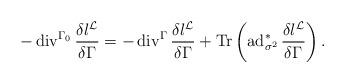
LaTeX: \begin{align*}-\operatorname{div}^{\Gamma_0}\frac{\delta l^\mathcal{L}}{\delta\Gamma}=-\operatorname{div}^{\Gamma}\frac{\delta l^\mathcal{L}}{\delta\Gamma}+\operatorname{Tr}\left(\operatorname{ad}^*_{\sigma^2}\frac{\delta l^\mathcal{L}}{\delta\Gamma}\right).\end{align*}